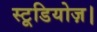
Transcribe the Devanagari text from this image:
स्टूडियोज़।